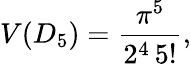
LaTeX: V(D_{5})=\frac{\pi^{5}}{2^{4}\, 5!},